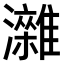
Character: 𤄖